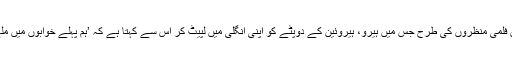
یا پھر ان فلمی منظروں کی طرح جس میں ہیرو، ہیروئین کے دوپٹے کو اپنی انگلی میں لپیٹ کر اس سے کہتا ہے کہ ’ہم پہلے خوابوں میں ملے تھے۔